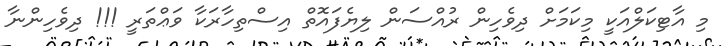
މި އާޓިކަލްއަކީ މިކަމަށް ދިވެހިން ރުއްސަން ލިޔެފައޮތް އިސްތިހާރަކާ ވަޢްތަރީ !!! ދިވެހިންނާ